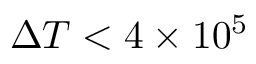
\Delta T < 4 \times 1 0 ^ { 5 }